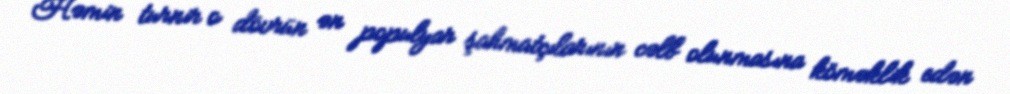
Həmin turnir o dövrün ən populyar şahmatçılarının cəlb olunmasına köməklik edən